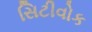
સિટીવોક